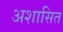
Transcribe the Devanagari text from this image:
अशासित